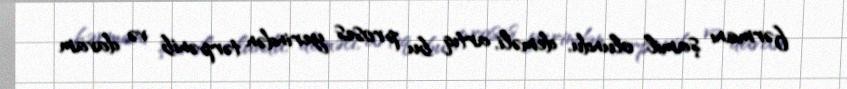
fərmanı şamil olundu, deməli, artıq bu proses yerindən tərpənib və davam